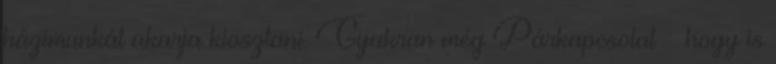
házimunkát akarja kiosztani. Gyakran még Párkapcsolat – hogy is